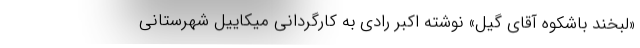
«لبخند باشکوه آقای گیل» نوشته اکبر رادی به کارگردانی میکاییل شهرستانی